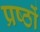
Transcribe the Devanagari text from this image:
प्रष्ठों